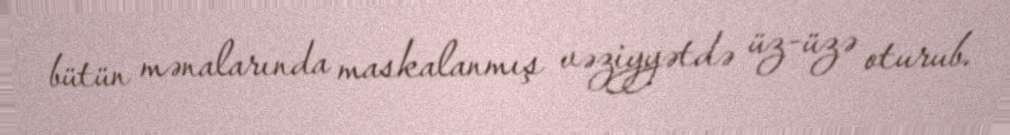
bütün mənalarında maskalanmış vəziyyətdə üz-üzə oturub.